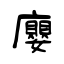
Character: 廮